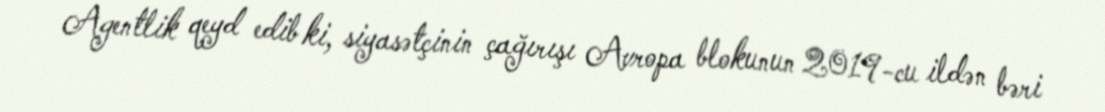
Agentlik qeyd edib ki, siyasətçinin çağırışı Avropa blokunun 2019-cu ildən bəri